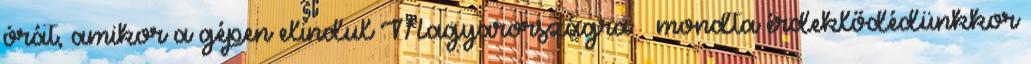
órát, amikor a gépen elindul Magyarországra – mondta érdeklődédünkkor